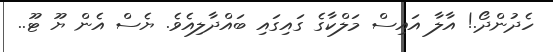
ހެދުންދޯ.! އާލާ އައިސް މަލްކާގެ ގައިގައި ބައްދާލިއެވެ. ޔެސް އެން ޔޫ ޓޫ..